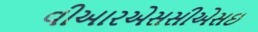
વીઆરએસસીએસઇ